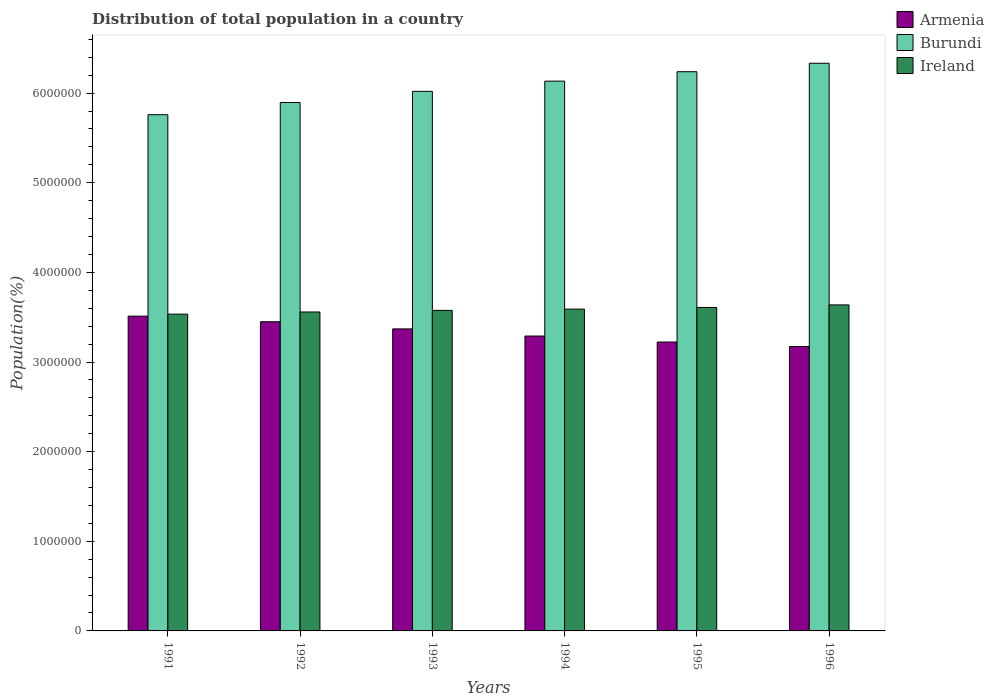
| Years | Armenia | Burundi | Ireland |
 | --- | --- | --- | --- |
 | 1991 | 3.51e+06 | 5.76e+06 | 3.53e+06 |
 | 1992 | 3.45e+06 | 5.9e+06 | 3.56e+06 |
 | 1993 | 3.37e+06 | 6.02e+06 | 3.58e+06 |
 | 1994 | 3.29e+06 | 6.13e+06 | 3.59e+06 |
 | 1995 | 3.22e+06 | 6.24e+06 | 3.61e+06 |
 | 1996 | 3.17e+06 | 6.33e+06 | 3.64e+06 |